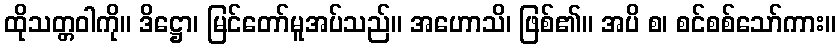
ထိုသတ္တဝါကို။ ဒိဋ္ဌော၊ မြင်တော်မူအပ်သည်။ အဟောသိ၊ ဖြစ်၏။ အပိ စ၊ စင်စစ်သော်ကား။